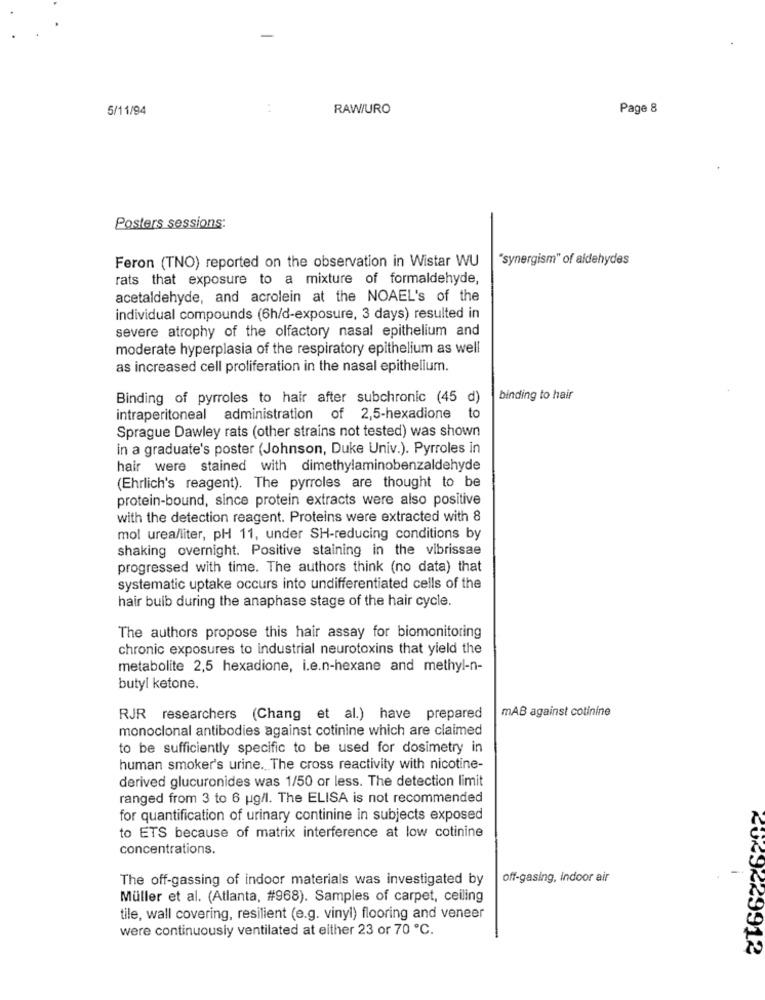
5/11/94
..
RAW/URO
Page 8
Posters sessions:
"synergism" of aldehydes
Feron (TNO) reported on the observation in Wistar WU
rats that exposure to a mixture of formaldehyde,
acetaldehyde, and acrolein at the NOAEL's of the
individual compounds (6h/d-exposure, 3 days) resulted in
severe atrophy of the olfactory nasal epithelium and
moderate hyperplasia of the respiratory epithelium as well
as increased cell proliferation in the nasal epithelium.
Binding of pyrroles to hair after subchronic (45 d)
binding to hair
intraperitoneal administration of 2,5-hexadione to
Sprague Dawley rats (other strains not tested) was shown
in a graduate's poster (Johnson, Duke Univ.). Pyrroles in
hair were stained with dimethylaminobenzaldehyde
(Ehrlich's reagent). The pyrroles are thought to be
protein-bound, since protein extracts were also positive
with the detection reagent. Proteins were extracted with 8
mol urea/liter, pH 11, under SH-reducing conditions by
shaking overnight. Positive staining in the vibrissae
progressed with time. The authors think (no data) that
systematic uptake occurs into undifferentiated cells of the
hair bulb during the anaphase stage of the hair cycle.
The authors propose this hair assay for biomonitoring
chronic exposures to industrial neurotoxins that yield the
metabolite 2,5 hexadione, i.e.n-hexane and methyl-n-
butyl ketone.
mAB against cotinine
RJR researchers (Chang et al.) have prepared
monoclonal antibodies against cotinine which are claimed
to be sufficiently specific to be used for dosimetry in
human smoker's urine. The cross reactivity with nicotine-
derived glucuronides was 1/50 or less. The detection limit
ranged from 3 to 6 ug/l. The ELISA is not recommended
for quantification of urinary continine in subjects exposed
to ETS because of matrix interference at low cotinine
concentrations.
The off-gassing of indoor materials was investigated by
off-gasing, indoor air
Müller et al. (Atlanta, #968). Samples of carpet, ceiling
tile, wall covering, resilient (e.g. vinyl) flooring and veneer
were continuously ventilated at either 23 or 70 ℃.
2029229912